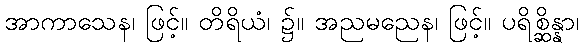
အာကာသေန၊ ဖြင့်။ တိရိယံ၊ ၌။ အညမညေန၊ ဖြင့်။ ပရိစ္ဆိန္နာ၊